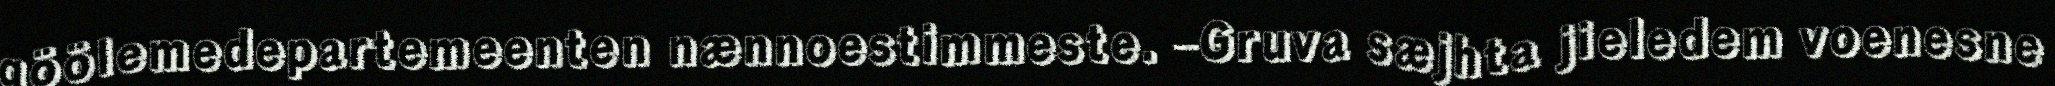
göölemedepartemeenten nænnoestimmeste. –Gruva sæjhta jieledem voenesne